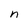
Character: n